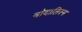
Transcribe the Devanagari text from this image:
मोदालिस्म